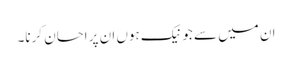
ان میں سے جو نیک ہوں ان پر احسان کرنا۔